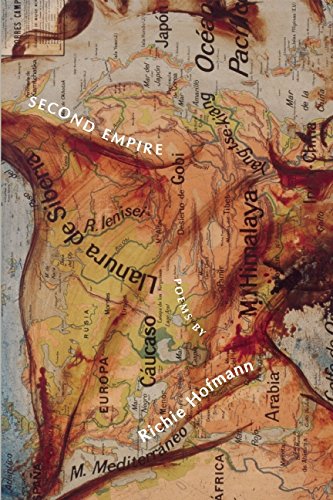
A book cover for Second Empire; Richie Hofmann; Literature & Fiction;